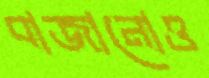
বাজানোও